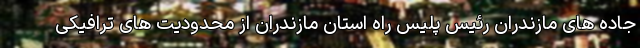
جاده های مازندران رئیس پلیس راه استان مازندران از محدودیت های ترافیکی